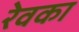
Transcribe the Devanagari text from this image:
रेवका